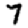
Digit: 7